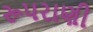
રૂપરાણી